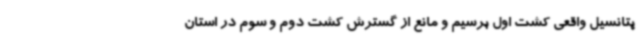
پتانسیل واقعی کشت اول برسیم و مانع از گسترش کشت دوم و سوم در استان